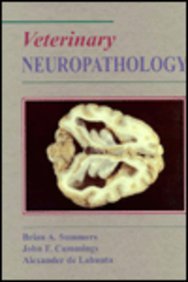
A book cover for Veterinary Neuropathology, 1e; Brian Summers BVSc  MSc  PhD; Medical Books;